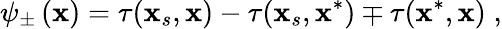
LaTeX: \psi_{\pm}\left(\mathbf{x}\right)=\tau(\mathbf{x}_{s},\mathbf{x})-\tau(\mathbf{x}_{s},\mathbf{x}^{*})\mp\tau(\mathbf{x}^{*},\mathbf{x})\; ,